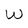
Character: W